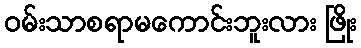
ဝမ်းသာစရာမကောင်းဘူးလား ဖြိုး